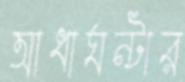
আধাঘন্টার